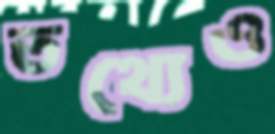
তথ্যেও